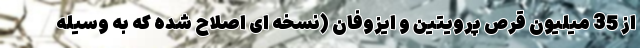
از 35 میلیون قرص پرویتین و ایزوفان (نسخه ای اصلاح شده که به وسیله